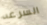
السرعه